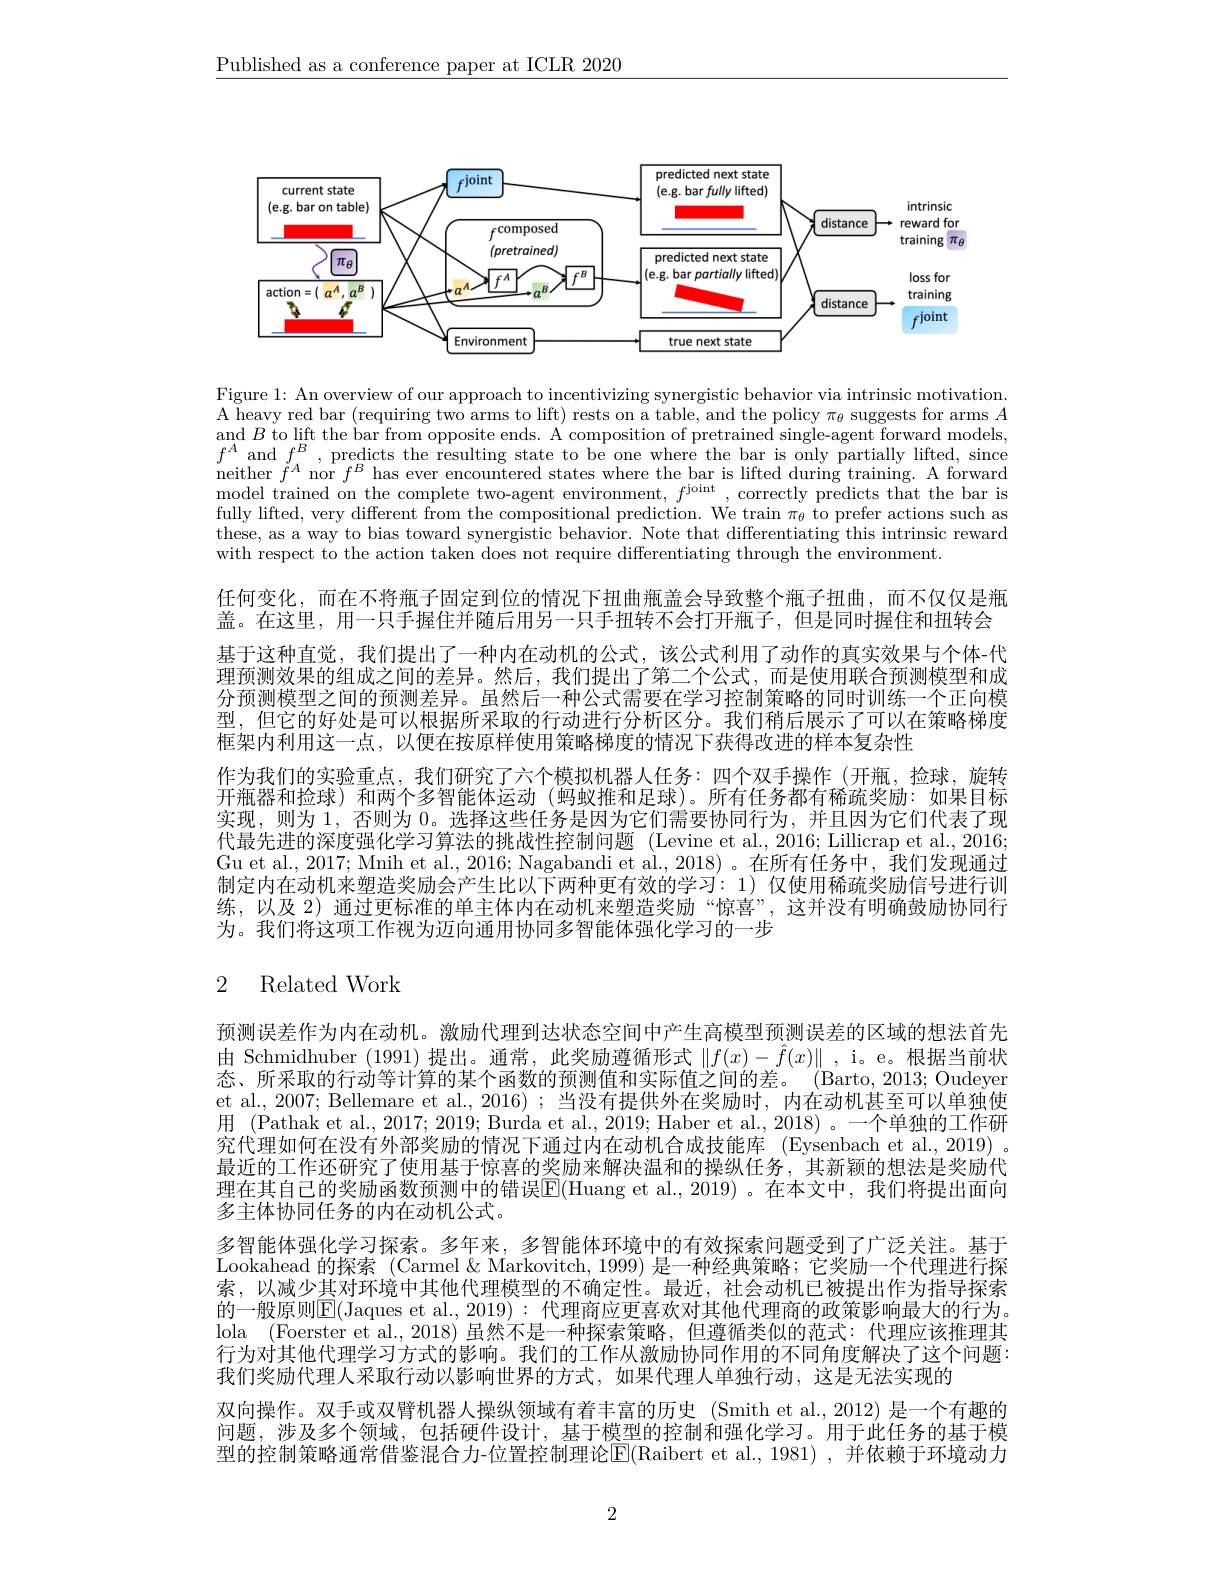
$\underline{\text{Published as a conference paper at ICLR 2020}}$

<FigureHere>

Figure 1: An overview of our approach to incentivizing synergistic behavior via intrinsic motivation. A heavy red bar (requiring two arms to lift) rests on a table, and the policy $\pi_{\theta}$ suggests for arms $A$ and $B$ to lift the bar from opposite ends. A composition of pretrained single-agent forward models, $f^{A}$ and $f^{B}$, predicts the resulting st model trained on the complete two-agent environment, $f^\mathrm{joint}$, correctly predicts that the bar is fully lifted, very different from the compositional prediction. We train $\pi_{\theta}$ to prefer actions such as these, as a way to bias toward synergistic behavior. Note that differentiating this intrinsic reward with respect to the action taken does not require differentiating through the environment.

任何变化，而在不将瓶子固定到位的情况下扭曲瓶盖会导致整个瓶子扭曲，而不仅仅是瓶盖。在这里，用一只手握住并随后用另一只手扭转不会打开瓶子，但是同时握住和扭转会基于这种直觉，我们提出了一种内在动机的公式，该公式利用了动作的真实效果与个体-代理预测效果的组成之间的差异。然后，我们提出了第二个公式，而是使用联合预测模型和成分预测模型之间的预测差异。虽然后一种公式需要在学习控制策略的同时训练一个正向模型，但它的好处是可以根据所采取的行动进行分析区分。我们稍后展示了可以在策略梯度框架内利用这一点，以便在按原样使用策略梯度的情况下获得改进的样本复杂性
作为我们的实验重点，我们研究了六个模拟机器人任务：四个双手操作(开瓶，捡球，旋转开瓶器和捡球)和两个多智能体运动 (蚂蚁推和足球)。所有任务都有稀疏奖励：如果目标实现，则为 1,否则为0。选择这些任务是因为它们需要协同行为，并且因为它们代表了现代最先进的深度强化学习算法的挑战性控制问题 (Levine et al.,2016; Lillicrap et al., 2016; Gu et al., 2017; Mnih et al., 2016; Nagabandi et al., 2018)。在所有任务中，我们发现通过制定内在动机来塑造奖励会产生比以下两种更有效的学习：1) 仅使用稀疏奖励信号进行训练，以及 2)通过更标准的单主体内在动机来塑造奖励“惊喜”,这并没有明确鼓励协同行为。我们将这项工作视为迈向通用协同多智能体强化学习的一步

# 2 Related Work

预测误差作为内在动机。激励代理到达状态空间中产生高模型预测误差的区域的想法首先由 Schmidhuber (1991)提出。通常，此奖励遵循形式$\|f(x)-\hat{f}(x)\|$, i。e。根据当前状态、所采取的行动等计算的某个函数的预测值和实际值之间的差。(Barto,2013;Oudeyer et al., 2007; Bellemare et al., 2016) ; 当没有提供外在奖励时，内在动机甚至可以单独使用 (Pathak et al., 2017; 2019; Burda et al., 2019; Haber et al., 2018) 。一个单独的工作研究代理如何在没有外部奖励的情况下通过内在动机合成技能库 (Eysenbach et al., 2019) 。最近的工作还研究了使用基于惊喜的奖励来解决温和的操纵任务，其新颖的想法是奖励代理在其自己的奖励函数预测中的错误$\overline{\mathbb{E}}($Huang et al.,2019)。在本文中，我们将提出面向多主体协同任务的内在动机公式。
多智能体强化学习探索。多年来，多智能体环境中的有效探索问题受到了广泛关注。基于Lookahead 的探索 (Carmel & Markovitch, 1999) 是一种经典策略；它奖励一个代理进行探索，以减少其对环境中其他代理模型的不确定性。最近，社会动机已被提出作为指导探索的一般原则$\boxed{\mathrm{F}}($Jaques et al., 2019): 代理商应更喜欢对其他代理商的政策影响最大的行为。lola (Foerster et al., 2018)虽然不是一种探索策略，但遵循类似的范式：代理应该推理其行为对其他代理学习方式的影响。我们的工作从激励协同作用的不同角度解决了这个问题： 我们奖励代理人采取行动以影响世界的方式，如果代理人单独行动，这是无法实现的
双向操作。双手或双臂机器人操纵领域有着丰富的历史 (Smith et al.,2012) 是一个有趣的问题，涉及多个领域，包括硬件设计，基于模型的控制和强化学习。用于此任务的基于模型的控制策略通常借鉴混合力-位置控制理论E(Raibert et al.,1981),并依赖于环境动力

2